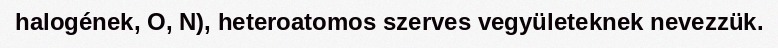
halogének, O, N), heteroatomos szerves vegyületeknek nevezzük.